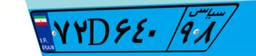
۱۳D۰۵۰۶۸